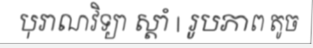
បុរាណវិទ្យា ស្តាំ | រូបភាព តូច